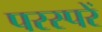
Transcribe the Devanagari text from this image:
परस्परें